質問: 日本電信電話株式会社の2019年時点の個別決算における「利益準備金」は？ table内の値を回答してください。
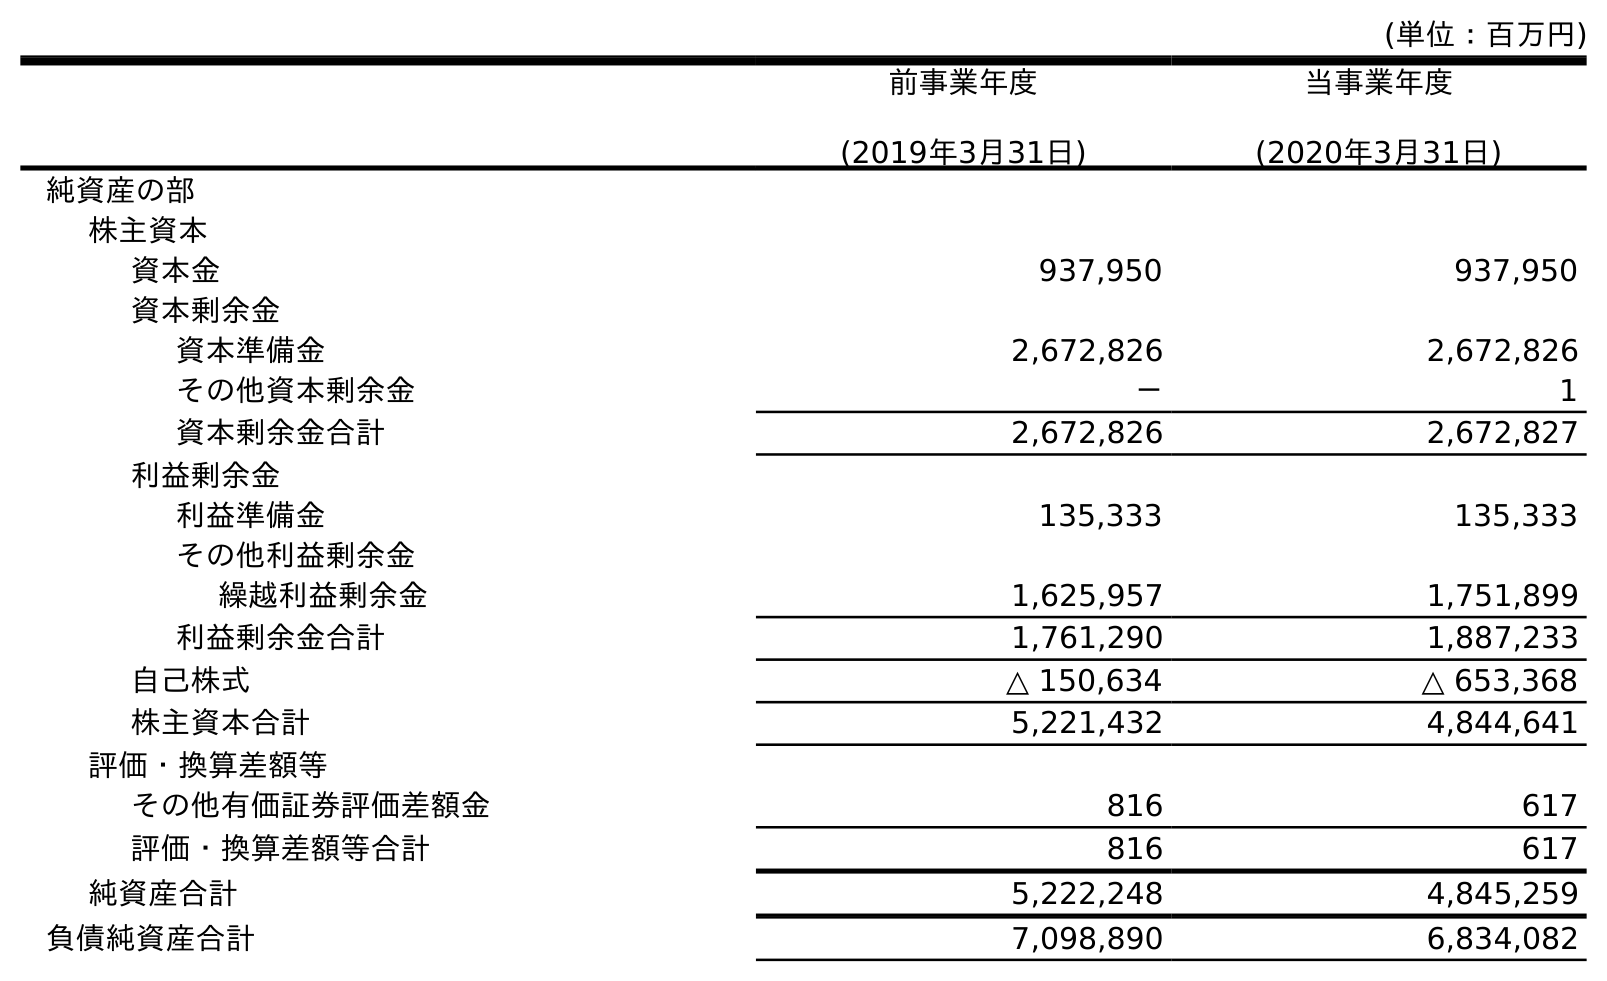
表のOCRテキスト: (単位：百万円) 前事業年度 (2019年3月31日) 当事業年度 (2020年3月31日) 純資産の部 株主資本 資本金 937,950 937,950 資本剰余金 資本準備金 2,672,826 2,672,826 その他資本剰余金 － 1 資本剰余金合計 2,672,826 2,672,827 利益剰余金 利益準備金 135,333 135,333 その他利益剰余金 繰越利益剰余金 1,625,957 1,751,899 利益剰余金合計 1,761,290 1,887,233 自己株式 △ 150,634 △ 653,368 株主資本合計 5,221,432 4,844,641 評価・換算差額等 その他有価証券評価差額金 816 617 評価・換算差額等合計 816 617 純資産合計 5,222,248 4,845,259 負債純資産合計 7,098,890 6,834,082
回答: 135,333